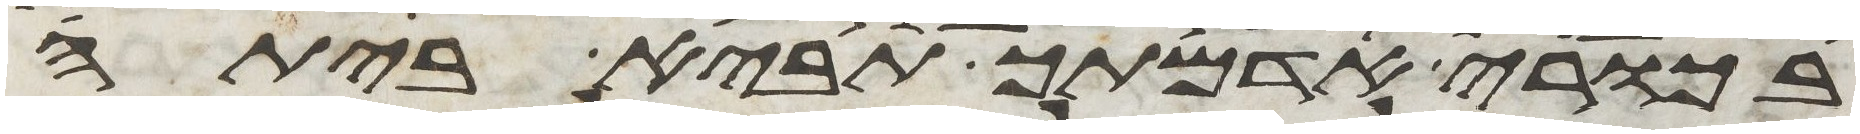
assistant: בכורי אדמתך תביא ביתה